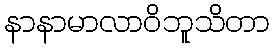
နာနာမာလာဝိဘူသိတာ